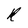
Character: R